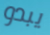
يبدو